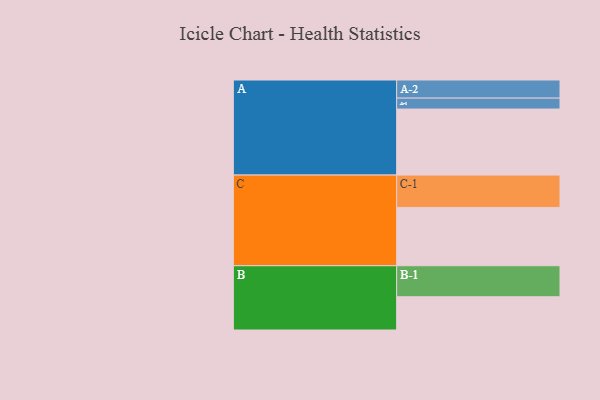
{"axis": {"x": "Segment", "y": "Value"}, "legend": ["", "A", "B", "C"], "data": [{"x": "A", "y": 598, "type": ""}, {"x": "B", "y": 301, "type": ""}, {"x": "C", "y": 528, "type": ""}, {"x": "A-1", "y": 99, "type": "A"}, {"x": "A-2", "y": 164, "type": "A"}, {"x": "B-1", "y": 281, "type": "B"}, {"x": "C-1", "y": 293, "type": "C"}]}